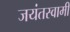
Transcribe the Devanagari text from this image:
जयंतस्वामी